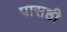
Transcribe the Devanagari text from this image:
पासष्ठी